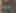
جربه